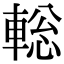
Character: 𨌪